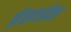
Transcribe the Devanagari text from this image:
ईसाईता